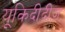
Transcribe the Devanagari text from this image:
यूकिदीदीज़